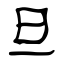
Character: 旦